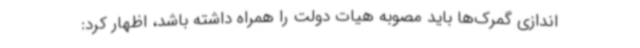
اندازی گمرک‌ها باید مصوبه هیات دولت را همراه داشته باشد، اظهار کرد: